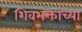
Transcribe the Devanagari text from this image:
शिवभक्तांच्या